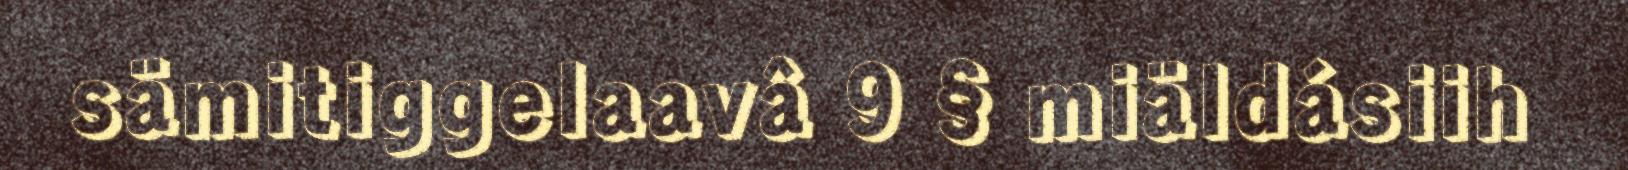
sämitiggelaavâ 9 § miäldásiih